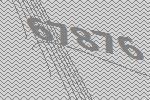
67876